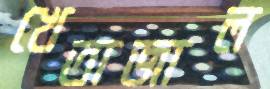
খেতাজাল